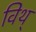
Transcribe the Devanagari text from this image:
विथ्